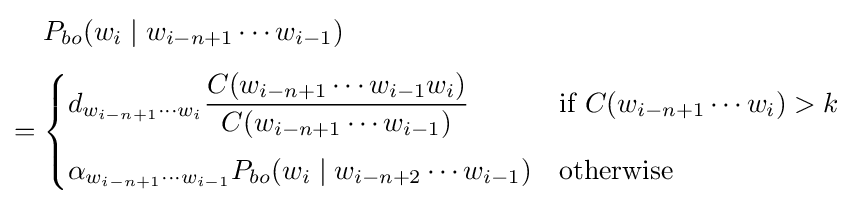
{\begin{aligned}&P_{bo}(w_{i}\mid w_{i-n+1}\cdots w_{i-1})\\[4pt]={}&{\begin{cases}d_{w_{i-n+1}\cdots w_{i}}{\dfrac {C(w_{i-n+1}\cdots w_{i-1}w_{i})}{C(w_{i-n+1}\cdots w_{i-1})}}&{\text{if }}C(w_{i-n+1}\cdots w_{i})>k\\[10pt]\alpha _{w_{i-n+1}\cdots w_{i-1}}P_{bo}(w_{i}\mid w_{i-n+2}\cdots w_{i-1})&{\text{otherwise}}\end{cases}}\end{aligned}}